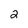
Character: 2